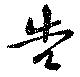
告